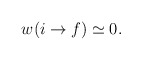
\begin{align*}w(i\rightarrow f)\simeq0.\end{align*}